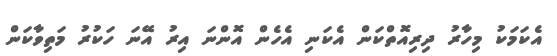
އެކަމަކު މިހާރު ދިރިއޮތްކަން އެކަނި އެހެން އޮންނަ އިރު އޭނަ ހަކުރު މަތިވާކަން